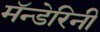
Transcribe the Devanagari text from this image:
मॅन्डेरिनी